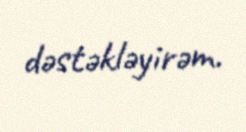
dəstəkləyirəm.